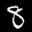
Label: 8